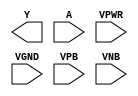
module sky130_fd_sc_hdll__bufinv (
    Y   ,
    A   ,
    VPWR,
    VGND,
    VPB ,
    VNB
);

    output Y   ;
    input  A   ;
    input  VPWR;
    input  VGND;
    input  VPB ;
    input  VNB ;
endmodule